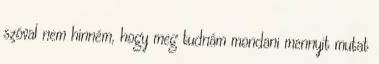
szóval nem hinném, hogy meg tudnám mondani mennyit mutat